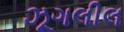
ઝૂગલીલ